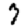
Digit: 7